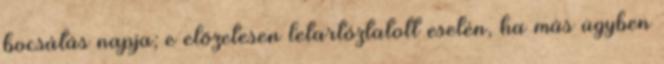
bocsátás napja; e előzetesen letartóztatott esetén, ha más ügyben